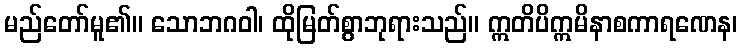
မည်တော်မူ၏။ သောဘဂဝါ၊ ထိုမြတ်စွာဘုရားသည်။ ဣတိပိဣမိနာစကာရဏေန၊